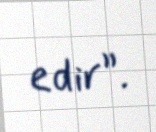
edir”.